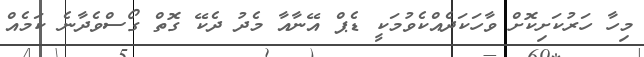
މިހާ ހަރުކަށިކޮށް ވާހަކަދެއްކެވުމަކީ ޑެޕް އޭނާއާ މެދު ދެކޭ ގޮތް ގޯސްވެދާނެ ކަމެއް